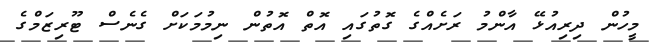
މީހުން ދިރިއުޅޭ އާންމު ރަށެއްގެ ގޮތުގައި އޮތް އޮތުން ނިމުމަކަށް ގެނެސް ޓޫރިޒަަމްގެ